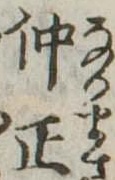
仲正